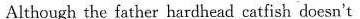
Although the father hardhead catfish doesn't